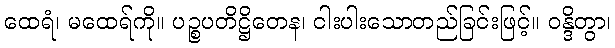
ထေရံ၊ မထေရ်ကို။ ပဉ္စပတိဋ္ဌိတေန၊ ငါးပါးသောတည်ခြင်းဖြင့်။ ဝန္ဒိတွာ၊